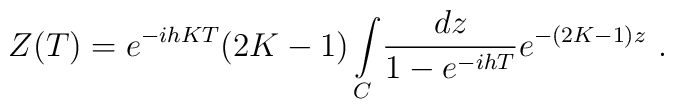
Z(T) =e^{-ihKT}(2K-1)\int\limits_{C}\!{{dz}\over{1-e^{-ihT}}}e^{-(2K-1)z}\ .